Annual report of the Imperial Bacteriological Laboratory, Muktesar
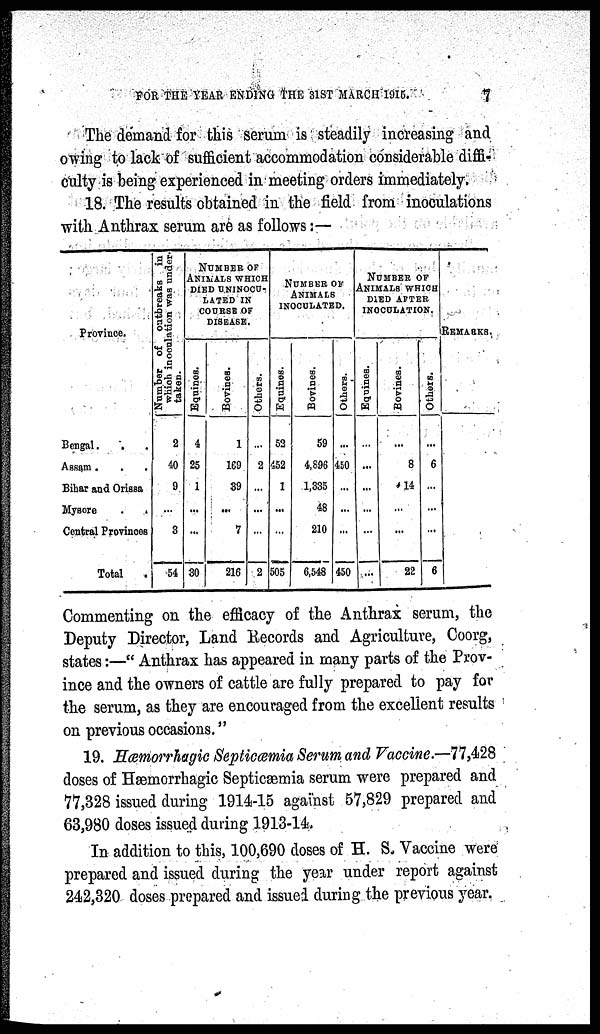
FOR THE YEAR ENDING THE 31ST MARCH 1915.
7
The demand for this serum is steadily increasing and
owing to lack of sufficient accommodation considerable diffi-
culty is being experienced in meeting orders immediately.
18. The results obtained in the field from inoculations
with Anthrax serum are as follows :—
Province.
Bengal.
.
.
Assam. . .
Bihar and Orissa
Mysore
.
.
Central Provinces
Total
Number
of outbreaks in
which
inoculation was under¬
taken.
2
40
9
...
3
54
NUMBER OF
ANIMALS WHICH
DIED UNINOCU¬
LATED IN
COURSE OF
DISEASE.
Equines.
4
25
1
...
...
30
Bovines.
1
169
39
...
7
216
Others.
...
2
...
...
...
2
NUMBER OF
ANIMALS
INOCULATED.
Equines.
52
452
1
...
...
505
Bovines.
59
4,896
1,335
48
210
6,548
Others.
...
450
...
...
...
450
NUMBER OF
ANIMALS WHICH
DIED AFTER
INOCULATION.
Equines.
...
...
...
...
...
...
Bovines.
...
8
14
...
...
22
Others.
...
6
...
...
...
6
REMARKS.
Commenting on the efficacy of the Anthrax serum, the
Deputy Director, Land Records and Agriculture, Coorg,
states:—" Anthrax has appeared in many parts of the Prov-
ince and the owners of cattle are fully prepared to pay for
the serum, as they are encouraged from the excellent results
on previous occasions."
19. Hæmorrhagic Septicæmia Serum and Vaccine.—77,428
doses of Hæmorrhagic Septicæmia serum were prepared and
77,328 issued during 1914-15 against 57,829 prepared and
63,980 doses issued during 1913-14.
In addition to this, 100,690 doses of H. S. Vaccine were
prepared and issued during the year under report against
242,320 doses prepared and issued during the previous year.